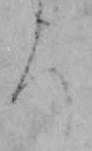
ち